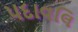
પદાવલિ